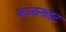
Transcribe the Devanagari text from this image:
कानानाइट